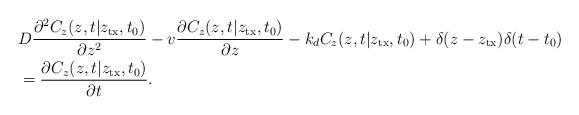
LaTeX: \begin{align*}&D\frac{{{\partial ^2}{C_z}(z,t|{z_{\rm tx}},{t_0})}}{{\partial {z^2}}} - v\frac{{\partial {C_z}(z,t|{z_{\rm tx}},{t_0})}}{{\partial z}} - {k_{d}}{C_z}(z,t|{z_{\rm tx}},{t_0}) + \delta (z-z_{\rm tx})\delta (t - {t_0}) \\&= \frac{{\partial {C_z}(z,t|{z_{\rm tx}},{t_0})}}{{\partial t}}.\end{align*}